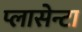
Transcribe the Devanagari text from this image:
प्लासेन्टा